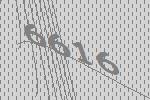
6616